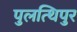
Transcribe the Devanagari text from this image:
पुलत्थिपुर